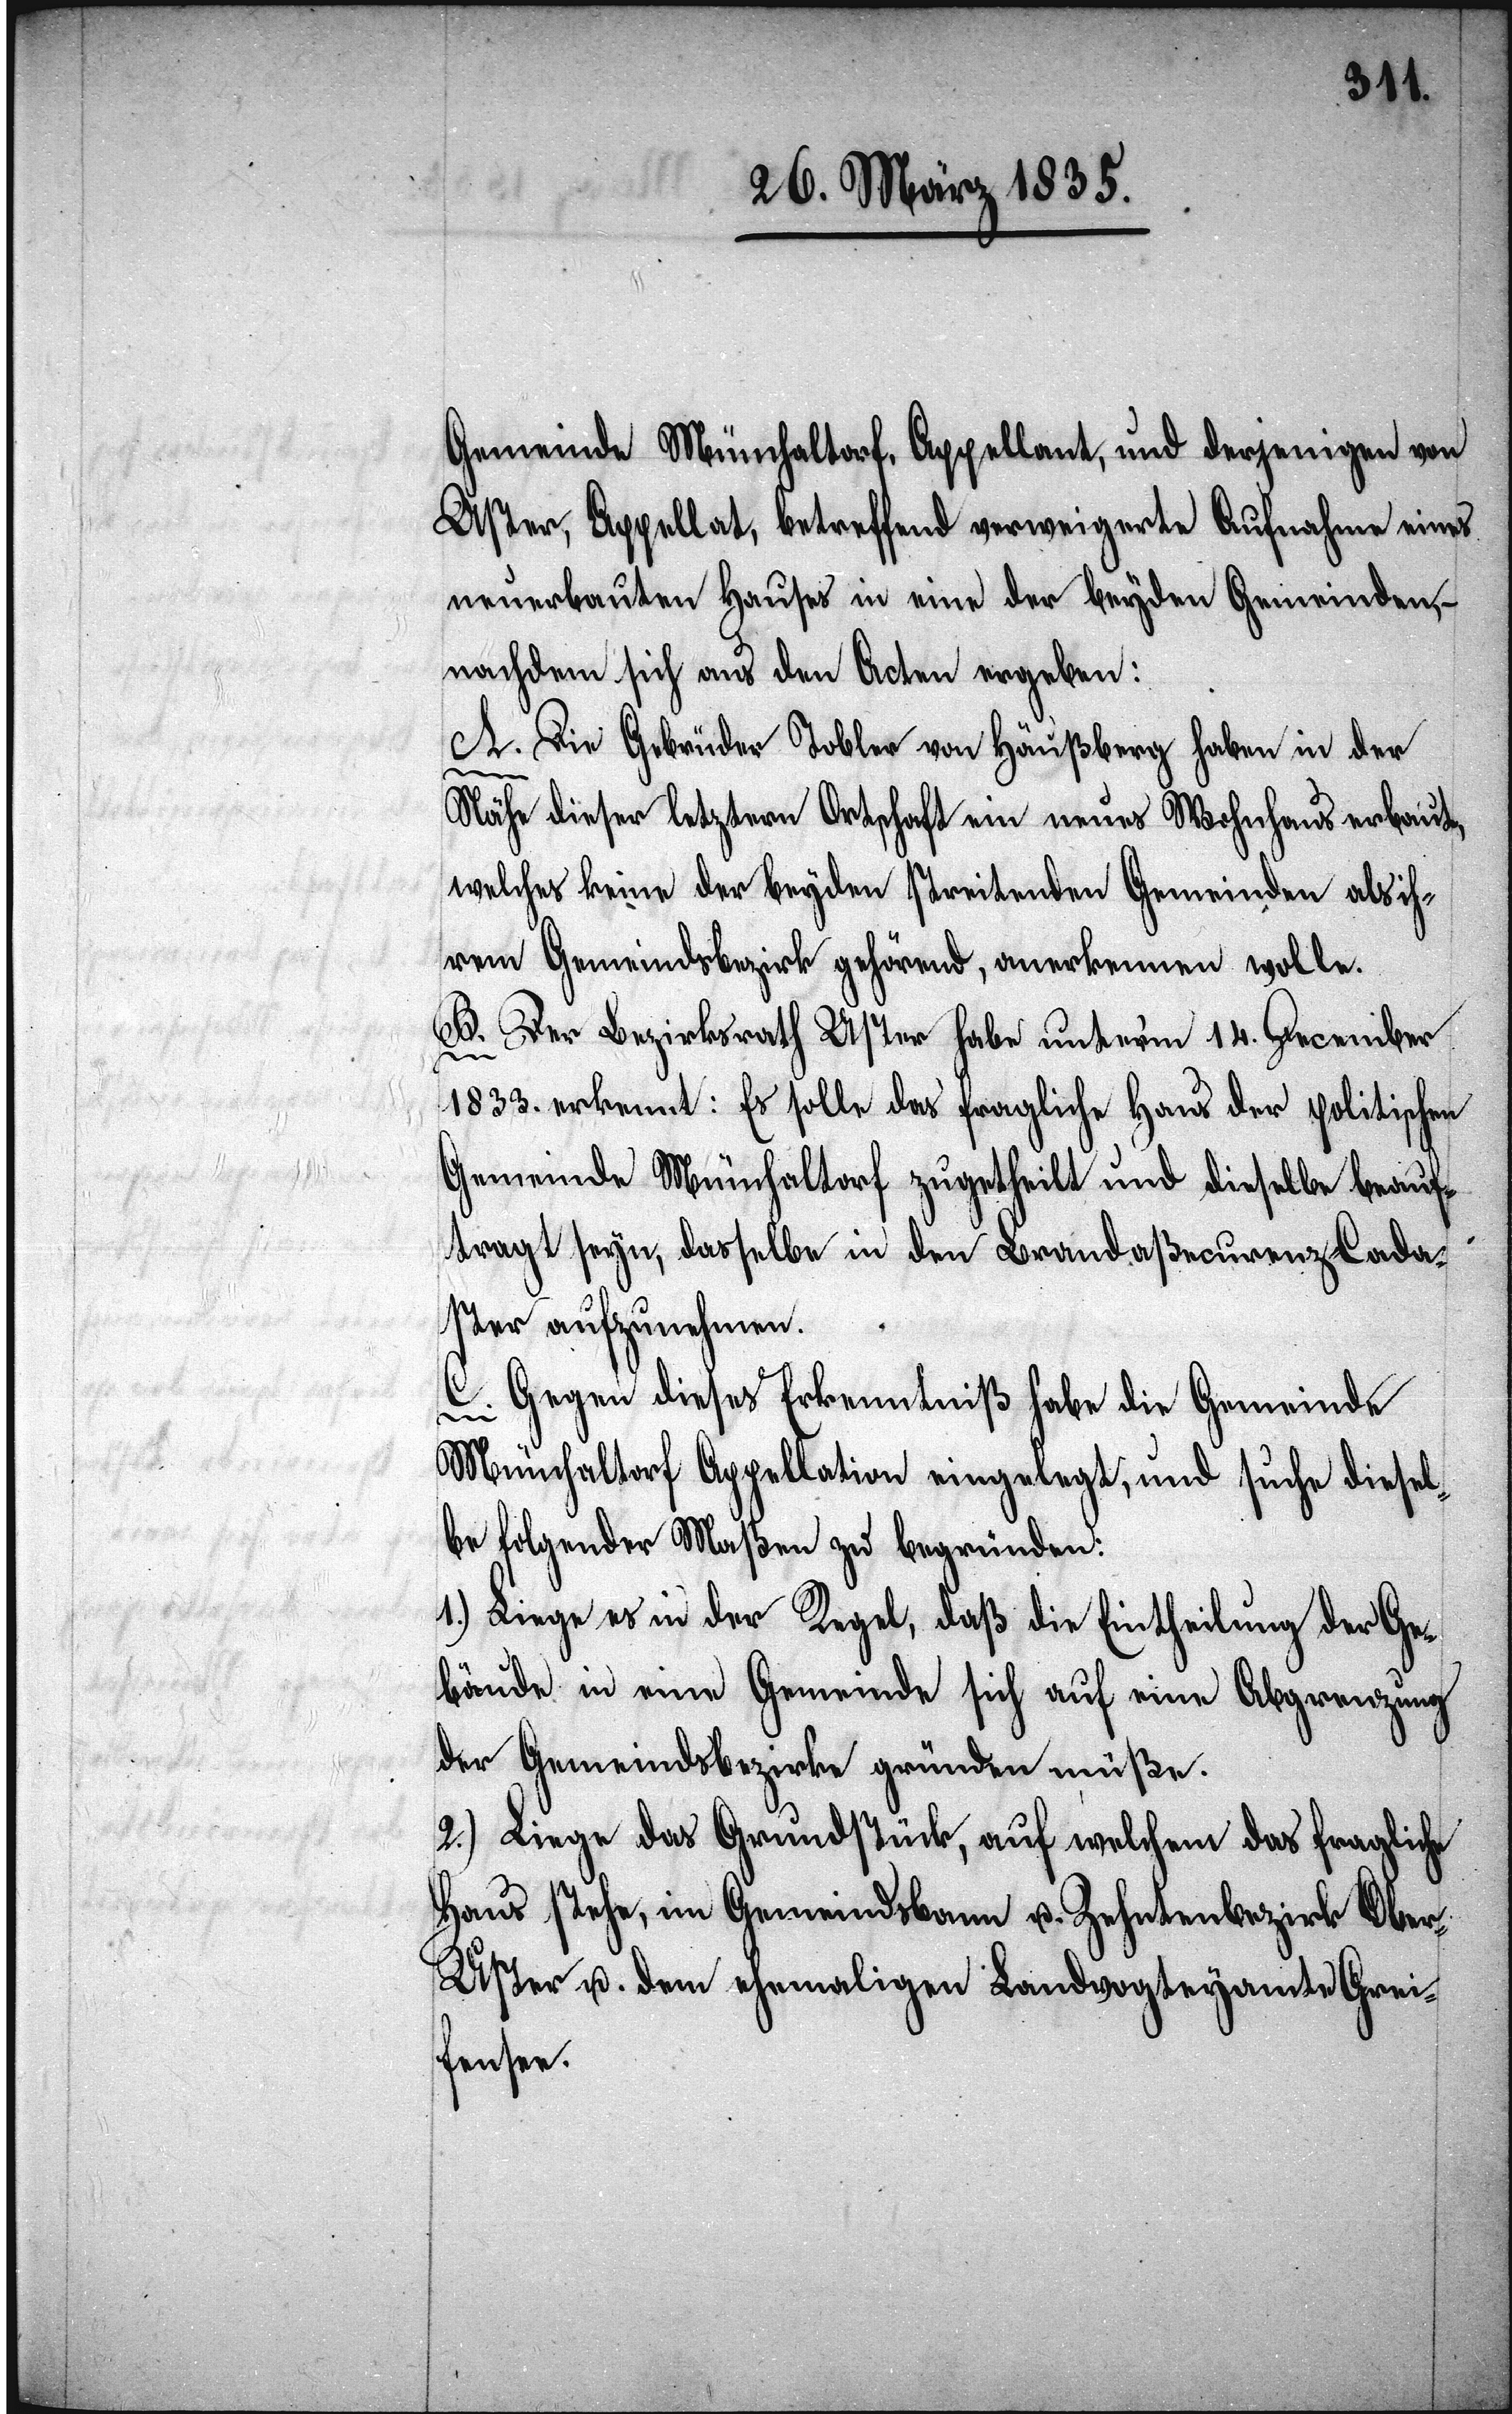
Gemeinde Münchaltorf, Appellant, und derjenigen von
Uster, Appellat, betreffend verweigerte Aufnahme eines
neuerbauten Hauses in eine der beyden Gemeinden, –
nachdem sich aus den Acten ergeben:
A. Die Gebrüder Tobler von Häußberg haben in der
Nähe dieser letztern Ortschaft ein neues Wohnhaus erbaut,
welches keine der beyden streitenden Gemeinden als ih¬
rem Gemeindsbezirk gehörend, anerkennen wolle.
B. Der Bezirksrath Uster habe unterm 14. December
1833. erkennt: Es solle das fragliche Haus der politischen
Gemeinde Münchaltorf zugetheilt und dieselbe beauf¬
tragt seyn, dasselbe in den Brandaßecuranz-Cada¬
ster aufzunehmen.
C. Gegen dieses Erkenntniß habe die Gemeinde
Münchaltorf Appellation eingelegt, und suche diesel¬
be folgender Maßen zu begründen:
1.) Liege es in der Regel, daß die Eintheilung der Ge¬
bäude in eine Gemeinde sich auf eine Abgrenzung
der Gemeindsbezirke gründen müße.
2.) Liege das Grundstück, auf welchem das fragliche
Haus stehe, im Gemeindsbann u. Zehntenbezirk Ober-U¬
ster u. dem ehemaligen Landvogteyamte Grei¬
fensee.